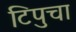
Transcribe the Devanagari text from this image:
टिपुचा